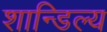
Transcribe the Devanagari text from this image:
शान्डिल्य